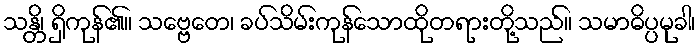
သန္တိ၊ ရှိကုန်၏။ သဗ္ဗေတေ၊ ခပ်သိမ်းကုန်သောထိုတရားတို့သည်။ သမာဓိပ္ပမုခါ၊